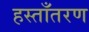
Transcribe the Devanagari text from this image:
हस्ताँतरण